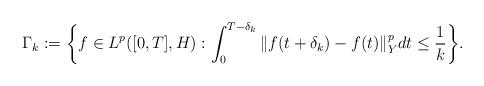
LaTeX: \begin{align*}\Gamma_k := \bigg\{ f\in L^p([0,T],H) : \int_0^{T-\delta_k} \Vert f(t+\delta_k) - f(t) \Vert_Y^p dt \leq \frac{1}{k} \bigg\} .\end{align*}